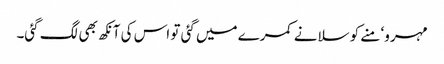
مہرو‘ منے کو سلانے کمرے میں گئی تو اس کی آنکھ بھی لگ گئی۔